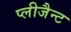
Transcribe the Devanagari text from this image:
प्लीजैन्ट